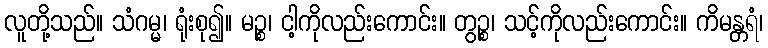
လူတို့သည်။ သံဂမ္မ၊ ရုံးစု၍။ မဉ္စ၊ ငါ့ကိုလည်းကောင်း။ တွဉ္စ၊ သင့်ကိုလည်းကောင်း။ ကိမန္တရံ၊